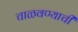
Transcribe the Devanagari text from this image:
चाळवण्याची